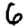
Digit: 6